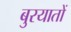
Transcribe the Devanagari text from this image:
बुरयातों